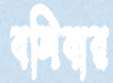
বলিবার